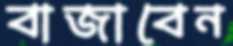
বাজাবেন